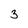
Character: 3